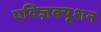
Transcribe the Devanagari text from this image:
एक्ज़िक्यूशन